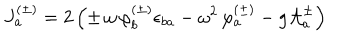
LaTeX: J _ { a } ^ { ( \pm ) } = 2 \left( \pm \, \omega \, \varphi _ { b } ^ { ( \pm ) } \epsilon _ { b a } - \omega ^ { 2 } \, \varphi _ { a } ^ { ( \pm ) } - g { \cal A } _ { a } ^ { \pm } \right)